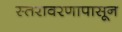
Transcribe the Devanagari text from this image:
स्तरावरणापासून